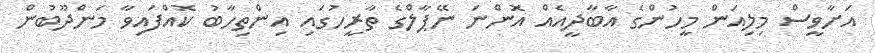
އަށާވީސް މިލިއަން މީހުންގެ އާބާދީއެއް އޮންނަ ނޭޕާލްގެ ތާރީހުގައި އިންތިހާބު ކޮއްފައިވާ މަންދޫބުން